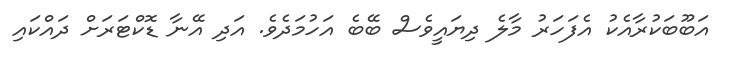
އަބޫބަކުރާއެކު އެފަހަރު މާލެ ދިޔައީވެސް ބޭބެ އަހުމަދެވެ. އަދި އޭނާ ޑޮކްޓަރަށް ދައްކައި